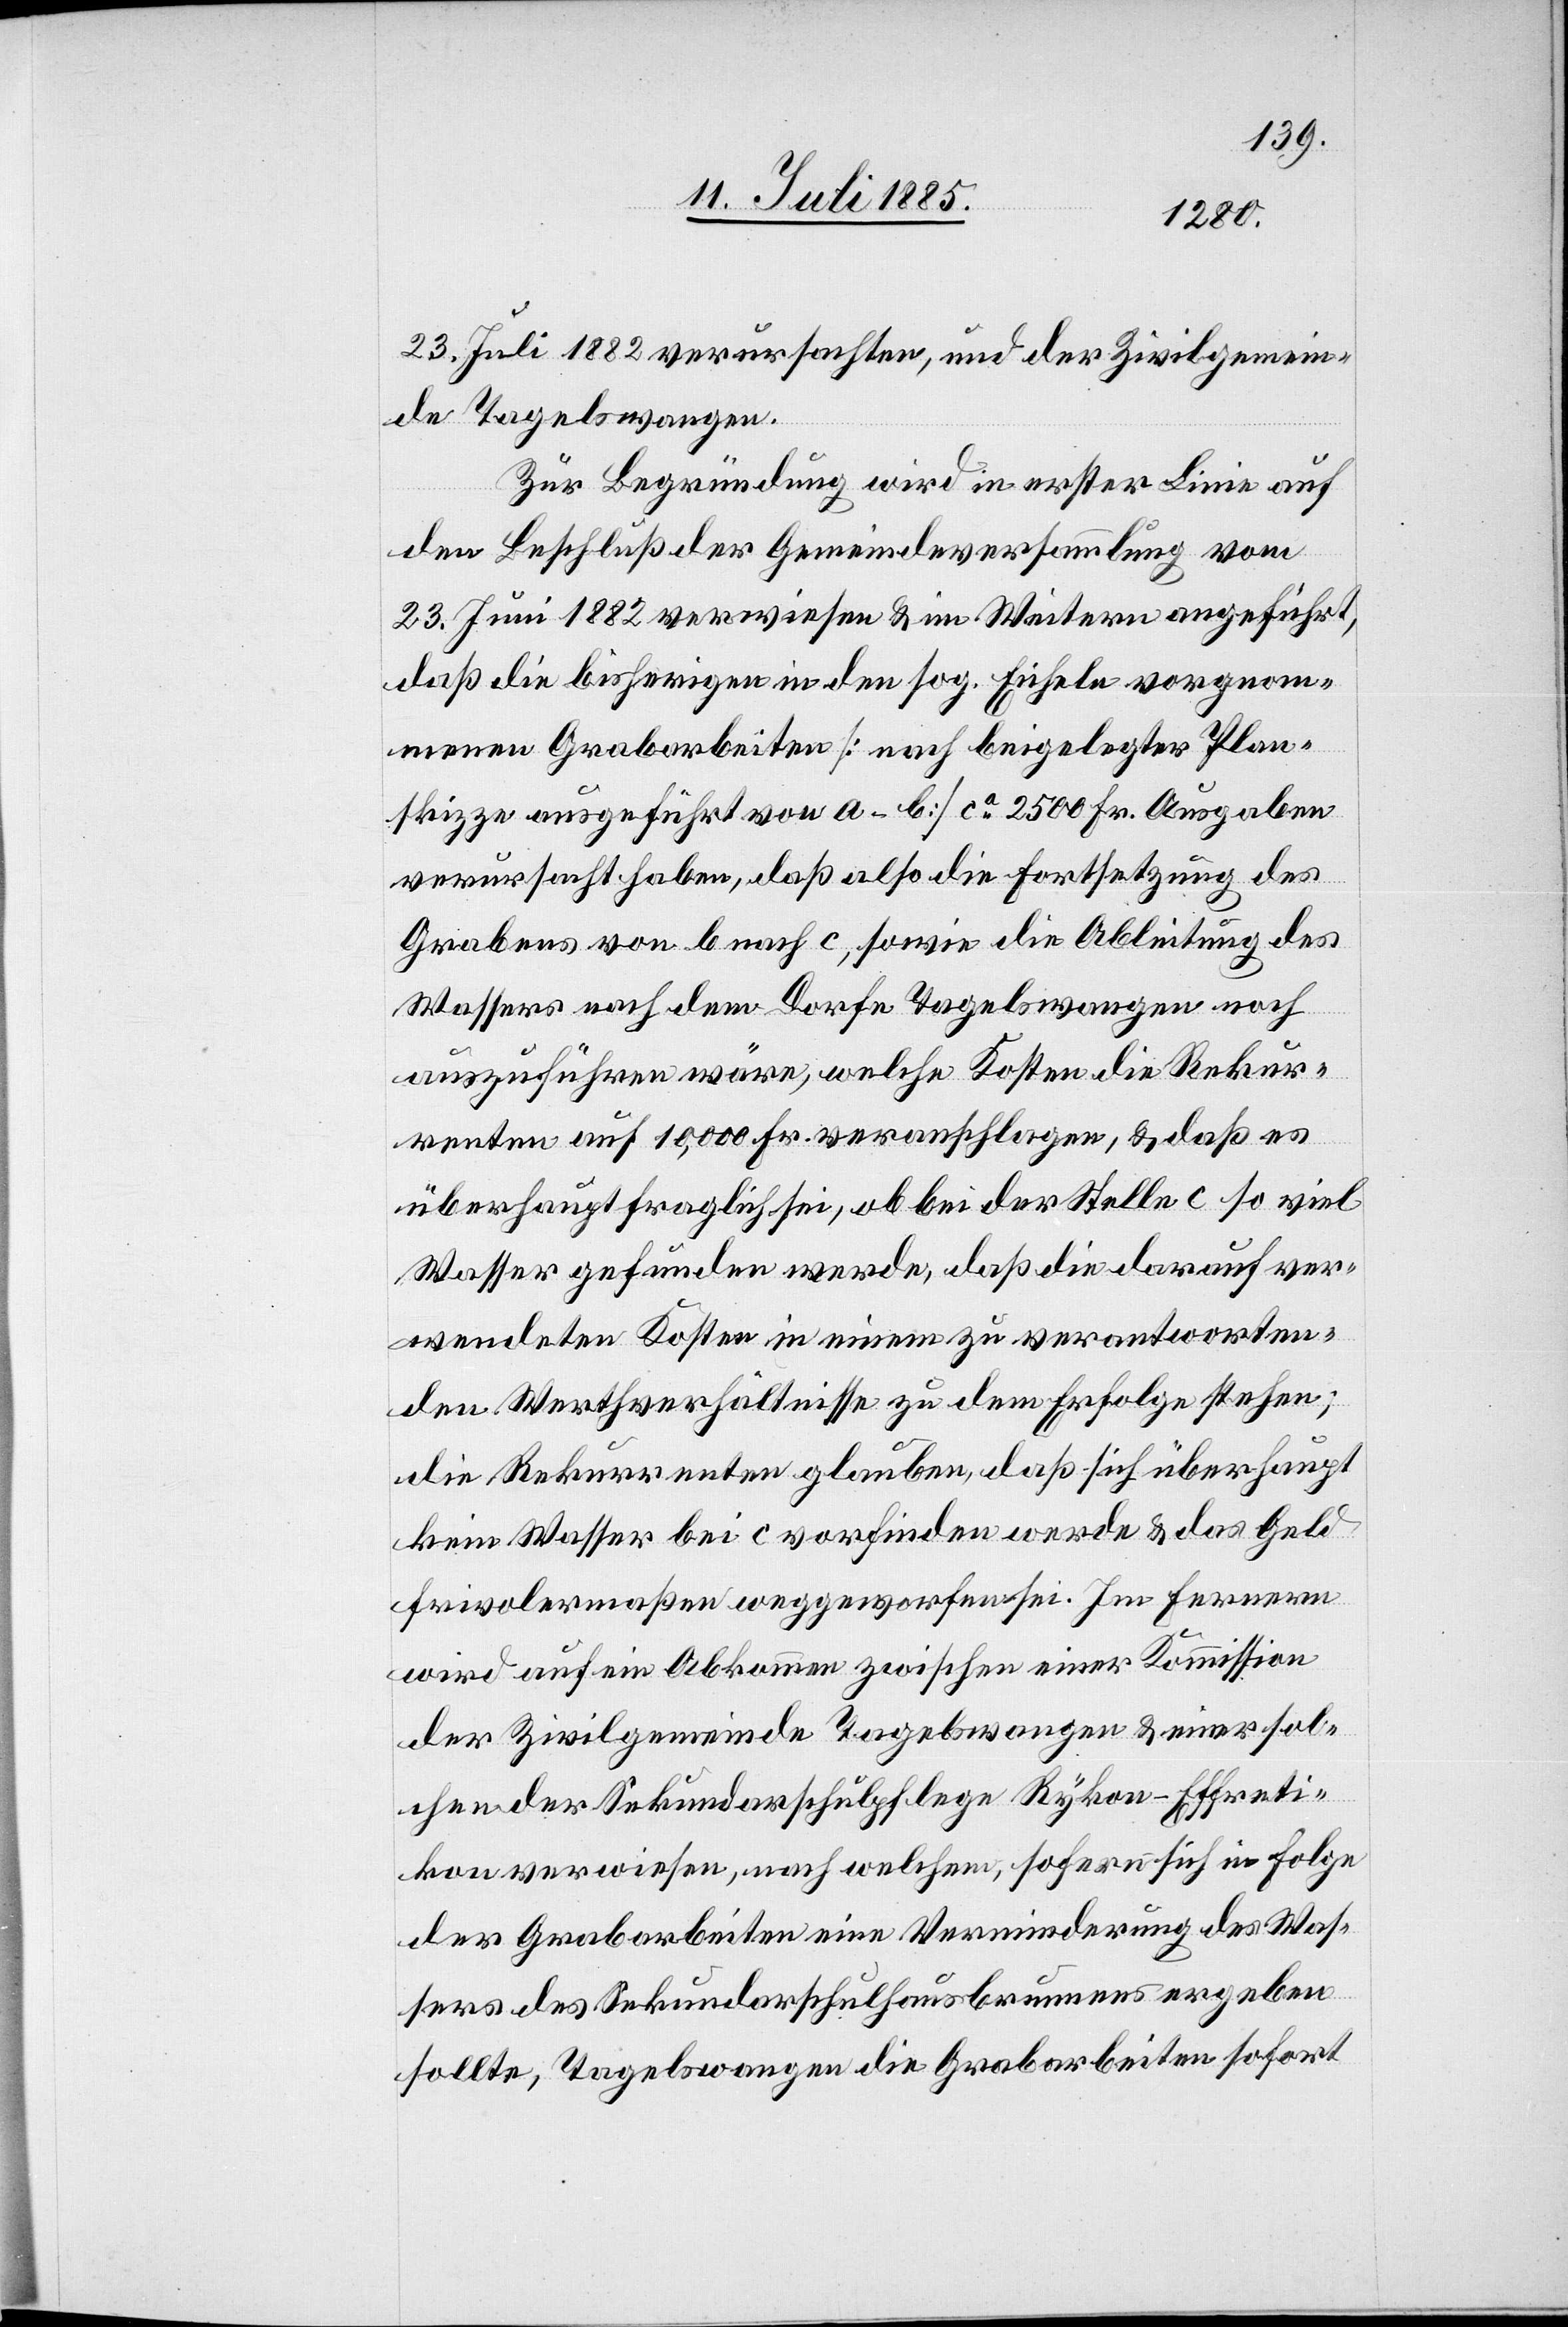
23. Juli 1882 verursachten, und der Zivilgemein¬
de Tagelswangen.
Zur Begründung wird in erster Linie auf
den Beschluß der Gemeindeversammlung vom
23. Juni 1882 verwiesen & im Weitern angeführt,
daß die bisherigen in den sog. Eicheln vorgenom¬
menen Grabarbeiten [nach beigelegter Plan¬
skizze ausgeführt von a–b] ca 2500 Fr. Ausgaben
verursacht haben, daß also die Forstsetzung des
Grabens von b nach c, sowie die Ableitung des
Wassers nach dem Dorfe Tagelswangen noch
auszuführen wäre, welche Kosten die Rekur¬
renten auf 10,000 Fr. veranschlagen, & daß es
überhaupt fraglich sei, ob bei der Stelle c so viel
Wasser gefunden werde, daß die darauf ver¬
wendeten Kosten in einem zu verantworten¬
den Werthverhältnisse zu dem Erfolge stehen;
die Rekurrenten glauben, daß sich überhaupt
kein Wasser bei c vorfinden werde & das Geld
frivolermaßen weggeworfen sei. Im Fernern
wird auf ein Abkommen zwischen einer Kommission
der Zivilgemeinde Tagelswangen & einer sol¬
chen der Sekundarschulpflege Rykon-Effreti¬
kon verwiesen, nach welchem, sofern sich in Folge
der Grabarbeiter eine Verminderung des Was¬
sers des Sekundarschulhausbrunnens ergeben
sollte, Tagelswangen die Grabarbeiten sofort